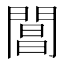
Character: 閶